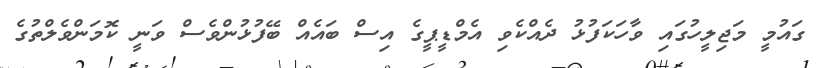
ގައުމީ މަޖިލީހުގައި ވާހަކަފުޅު ދެއްކެވި އެމްޑީޕީގެ އިސް ބައެއް ބޭފުޅުންވެސް ވަނީ ކޮމަންވެލްތުގެ